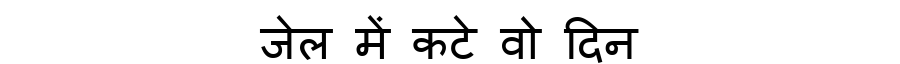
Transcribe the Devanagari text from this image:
जेल में कटे वो दिन